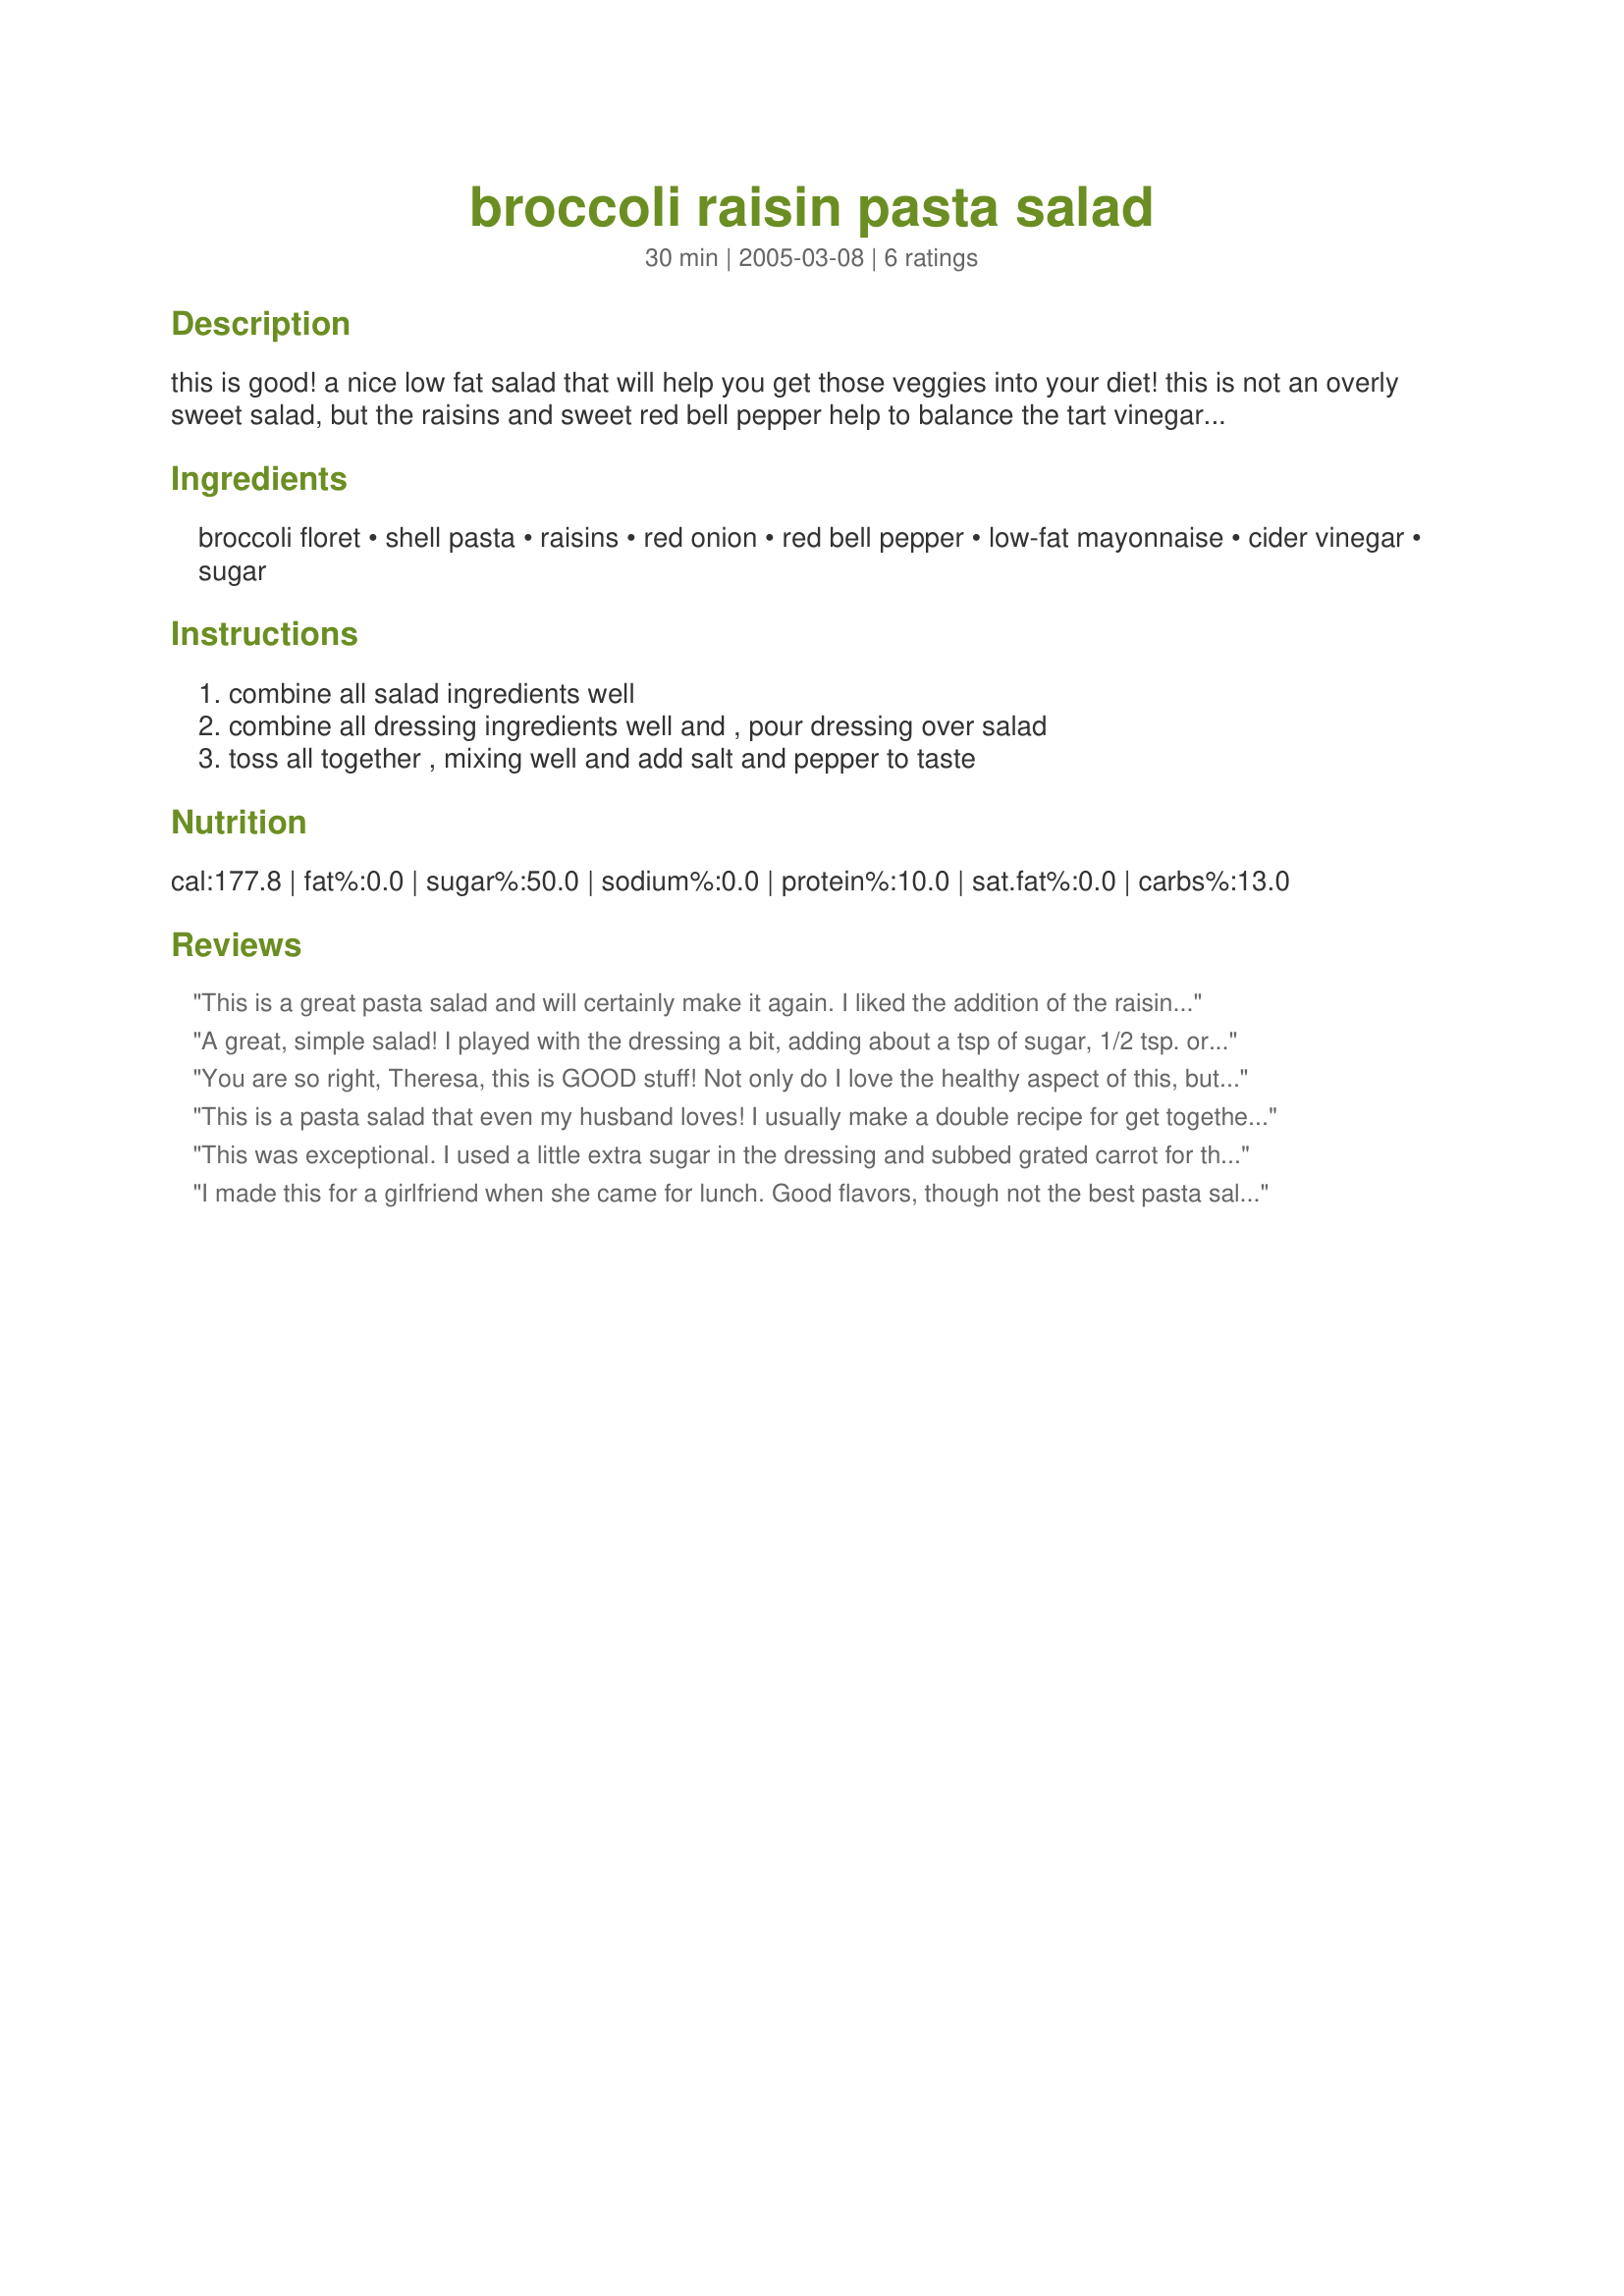
broccoli raisin pasta salad
Preparation time: 30 minutes

this is good! a nice low fat salad that will help you get those veggies into your diet! this is not an overly sweet salad, but the raisins and sweet red bell pepper help to balance the tart vinegar. this is a favorite of mine and i hope you enjoy it too! this comes from the sun-maid raisin folks!

Ingredients:
broccoli floret, shell pasta, raisins, red onion, red bell pepper, low-fat mayonnaise, cider vinegar, sugar

Steps:
combine all salad ingredients well, combine all dressing ingredients well and , pour dressing over salad, toss all together , mixing well and add salt and pepper to taste

Reviews:
This is a great pasta salad and will certainly make it again. I liked the addition of the raisins and red onion.
A great, simple salad! I played with the dressing a bit, adding about a tsp of sugar, 1/2 tsp. oregano and about 1/4 tsp. chopped shallot. I added pumpkin seeds, too. I'm looking forward to eating this for lunches all week!
You are so right, Theresa, this is GOOD stuff! Not only do I love the healthy aspect of this, but it's so delicious with all the different flavors hanging out together in one dish. I used whole wheat rotini pasta and fat-free mayo. All of the fresh colors really produce an appealing looking dish too. Thanks so much! MERP'd for All New Zaar Cookbook tag.
This is a pasta salad that even my husband loves! I usually make a double recipe for get togethers and use craisins instead of raisins. It has a wonderful, fresh taste and is simple to make PLUS it goes with a lot of different things. Thank you for posting. Simply wonderful!!!
This was exceptional. I used a little extra sugar in the dressing and subbed grated carrot for the red pepper. I also used dried cranberries in place of the raisins. Excellent salad. I doubled the recipe and as glad I did as it was so popular.Thanks for the recipe.
I made this for a girlfriend when she came for lunch. Good flavors, though not the best pasta salad I&#039;ve ever tasted. I added a little extra sugar because it seemed too vinegary. I also didn&#039;t have a red onion so I used a little chopped white onion. I&#039;ll probably use less onion if I make this again. It was very simple to make though, and I liked the raisins &amp; broccoli together!
